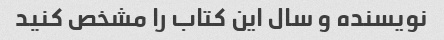
نویسنده و سال این کتاب را مشخص کنید